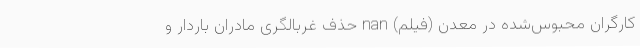
کارگران محبوس‌شده در معدن (فیلم) nan حذف غربالگری مادران باردار و